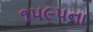
૧૫૯૫ના